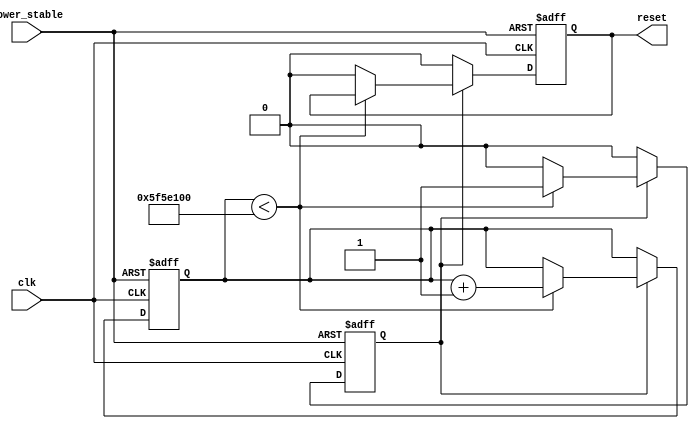
module PowerOnReset (
    input wire clk,            // System clock
    input wire power_stable,   // Indicator that power is stable
    output reg reset           // Active low reset signal
);

    // Parameters for timing control
    parameter RESET_DURATION = 100_000_000; // Reset duration (in clock cycles)
    parameter DEBOUNCE_TIME = 10_000;        // Debounce time (in clock cycles)

    // State variable for tracking debounce
    reg [15:0] debounce_cnt = 0; // Counter for debounce logic
    reg power_stable_reg = 0;     // Registered stable power signal

    // This process handles power stability and reset assertion
    always @(posedge clk) begin
        if (power_stable) begin
            // Power is stable, start debouncing
            if (debounce_cnt < DEBOUNCE_TIME) begin
                debounce_cnt <= debounce_cnt + 1;
            end else begin
                power_stable_reg <= 1; // Power is stable after debouncing
            end
        end else begin
            // Reset debounce counter if power is not stable
            debounce_cnt <= 0;
            power_stable_reg <= 0; // Reset power stable register
        end
    end

    // Reset signal generation
    reg [31:0] reset_timer; // Timer for reset duration
    reg reset_active; // Register to track active reset state

    always @(posedge clk or negedge power_stable) begin
        if (!power_stable) begin
            // Initiate reset when power is unstable
            reset <= 1'b1;        // Assert reset
            reset_timer <= 0;     // Reset timer
            reset_active <= 1'b1; // Set active reset state
        end else if (reset_active) begin
            if (reset_timer < RESET_DURATION) begin
                reset_timer <= reset_timer + 1; // Count until duration
            end else begin
                reset <= 1'b0;        // Deactivate reset
                reset_active <= 1'b0; // Reset completed
            end
        end else begin
            reset <= 1'b0; // Ensure reset is deasserted
        end
    end
endmodule